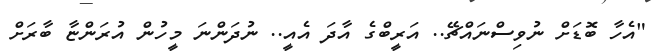
"އެހާ ބޮޑަށް ނުވިސްނައްޗޭ.. އަރީބްގެ އާދަ އެއީ.. ނުދަންނަ މީހުން އުރަންޏާ ބާރަށް